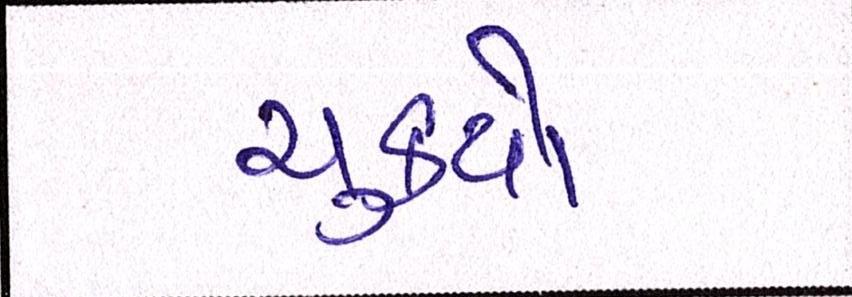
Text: ચુકયો